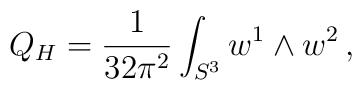
Q_H = \frac{1}{32\pi^2}\int_{S^3}  w^1 \wedge w^2\,,